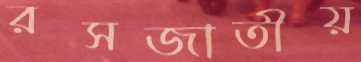
রসজাতীয়